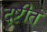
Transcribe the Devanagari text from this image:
दृष्टीत